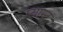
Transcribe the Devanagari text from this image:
प्यान्ट